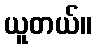
ယူတယ်။